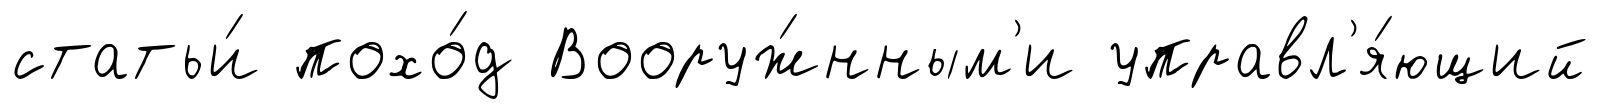
статьи́ похо́д Вооруж́нным'и управл'я́ющий